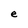
Character: e